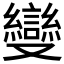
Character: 𠮓